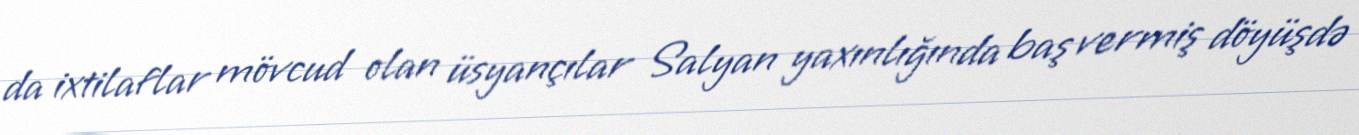
da ixtilaflar mövcud olan üsyançılar Salyan yaxınlığında baş vermiş döyüşdə